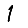
Digit: 1